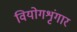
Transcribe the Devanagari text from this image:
वियोगशृंगार